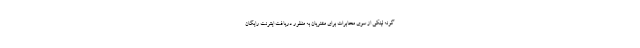
گونه لینکی از سوی مخابرات برای مشتریان به منظور دریافت اینترنت رایگان